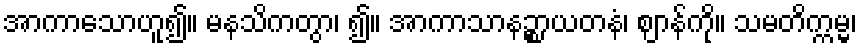
အာကာသောဟူ၍။ မနသိကတွာ၊ ၍။ အာကာသာနဉ္စာယတနံ၊ ဈာန်ကို။ သမတိက္ကမ္မ၊